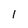
Character: 1